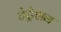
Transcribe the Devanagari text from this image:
टेट्रेशन